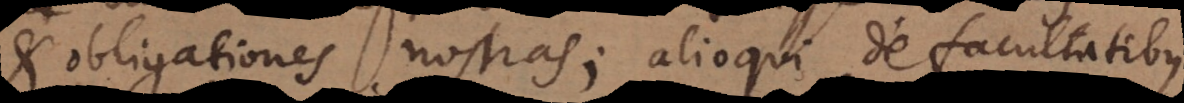
et obligationes nostras; alioqui de facultatibus